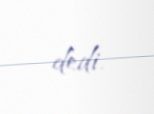
dedi.